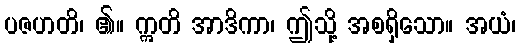
ပဇဟတိ၊ ၏။ ဣတိ အာဒိကာ၊ ဤသို့ အစရှိသော။ အယံ၊